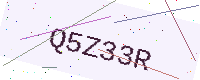
Text: Q5Z33R